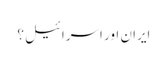
ایران اور اسرائیل؟